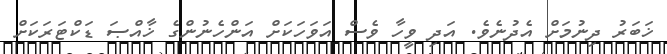
ޚަބަރު ދިނުމަށް އެދުނެވެ. އަދި ވީހާ ވެސް އަވަހަކަށް އަންހެނުންގެ ޚާއްޞަ ޑަކްޓަރަކަށް